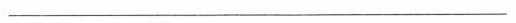
___